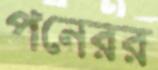
পনেরর